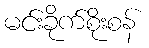
မင်းခိုက်စိုးစန်